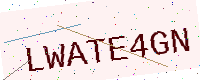
Text: LWATE4GN